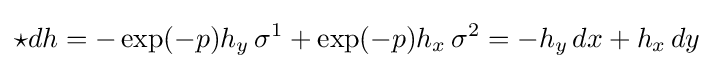
\star dh=-\exp(-p)h_{y}\,\sigma ^{1}+\exp(-p)h_{x}\,\sigma ^{2}=-h_{y}\,dx+h_{x}\,dy